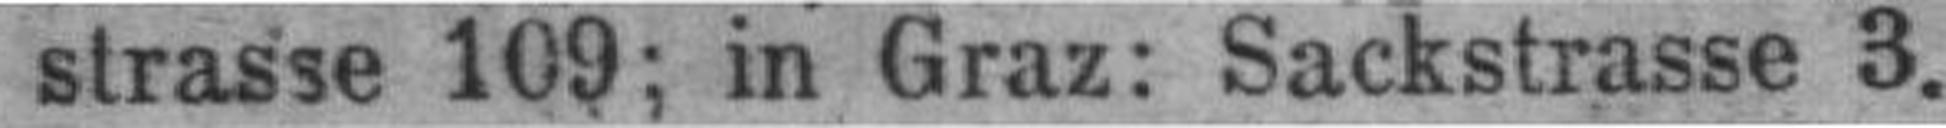
strasse 109; in Graz: Sackstrasse 3.